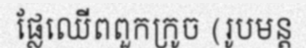
ផ្លែឈើពពួកក្រូច (រូបមន្ត